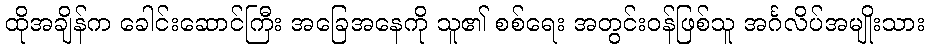
ထိုအချိန်က ခေါင်းဆောင်ကြီး အခြေအနေကို သူ၏ စစ်ရေး အတွင်းဝန်ဖြစ်သူ အင်္ဂလိပ်အမျိုးသား